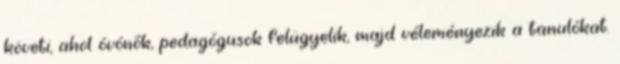
követi, ahol óvónők, pedagógusok felügyelik, majd véleményezik a tanulókat.